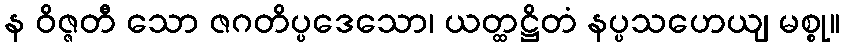
န ဝိဇ္ဇတီ သော ဇဂတိပ္ပဒေသော၊ ယတ္ထဋ္ဌိတံ နပ္ပသဟေယျ မစ္စု။